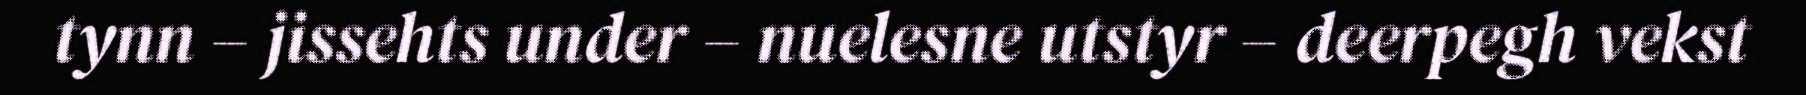
tynn – jissehts under – nuelesne utstyr – deerpegh vekst